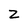
Character: Z